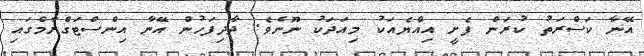
އޭނާ ކަސްރަތު ކުރަން ފެށީ އިއްޔެއަކު މިއަދަކު ނޫނެވެ. ދާދިފަހުން އޭނާ އިންސްޓަގްރާމްގައި